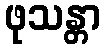
ဖုသန္တာ